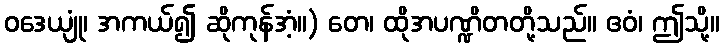
ဝဒေယျုံ၊ အကယ်၍ ဆိုကုန်အံ့။) တေ၊ ထိုအပဏ္ဍိတတို့သည်။ ဧဝံ၊ ဤသို့။